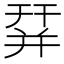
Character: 𢆛